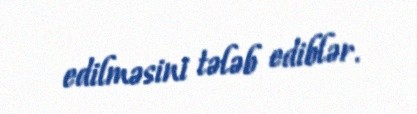
edilməsini tələb ediblər.